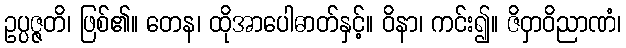
ဥပ္ပဇ္ဇတိ၊ ဖြစ်၏။ တေန၊ ထိုအာပေါဓာတ်နှင့်။ ဝိနာ၊ ကင်း၍။ ဇိဝှာဝိညာဏံ၊